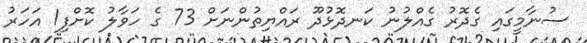
ސުނާމީގައި ގެދޮރު ގެއްލުނު ކަނދޮޅުދޫ ރައްޔިތުންނަށް 73 ގެ ހަވާލު ކޮށްފި1 އަހަރު